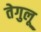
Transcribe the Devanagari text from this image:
तेगुलू